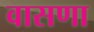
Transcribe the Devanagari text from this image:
वासणा